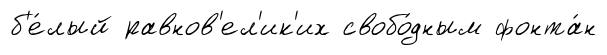
б'е́лый равнов'ел'ик'их свобо́дным фонта́н